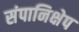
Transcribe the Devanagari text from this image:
संपानिक्षेप